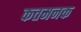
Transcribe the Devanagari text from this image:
कतमनक